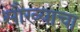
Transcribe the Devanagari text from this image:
सौख्याचा